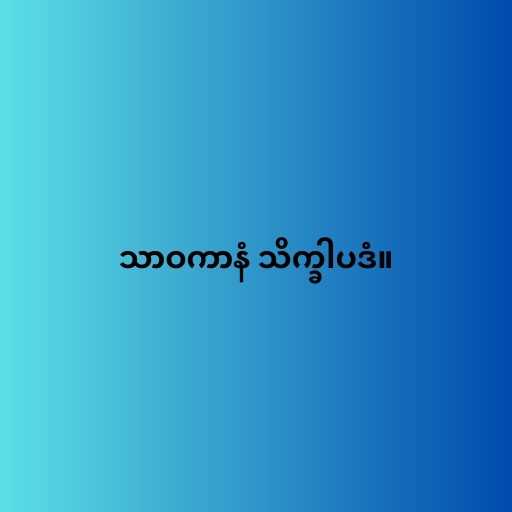
သာဝကာနံ သိက္ခါပဒံ။